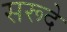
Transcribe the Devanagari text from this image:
सरूदे